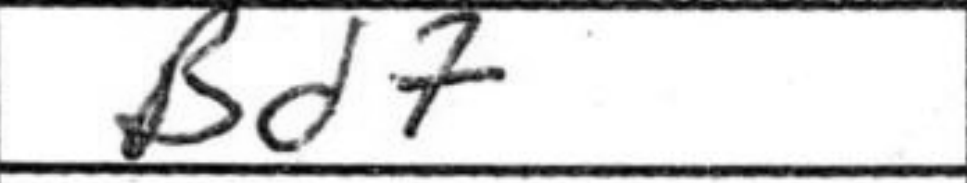
Transcription: Bd7